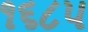
૧૬૮૫